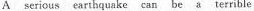
A serious earthquake can be a terrible